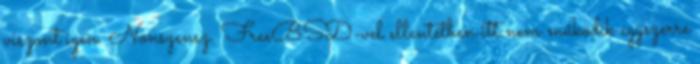
viszont igen. Nonszensz. FreeBSD-vel ellentétben itt nem működik egyszerre